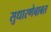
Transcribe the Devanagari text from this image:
सुधारणेबाबत